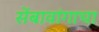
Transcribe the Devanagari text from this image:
सेंबावांगाचा